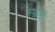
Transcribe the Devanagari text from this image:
रूपौली